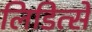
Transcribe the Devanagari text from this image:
लिडित्से